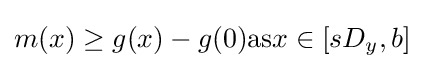
m(x)\geq g(x)-g(0){\text{as}}x\in [sD_{y},b]